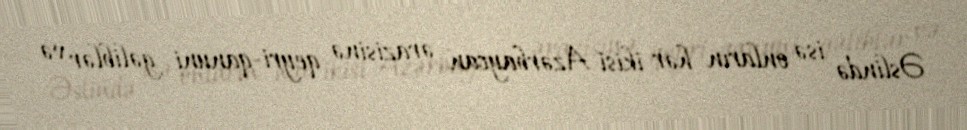
Əslində isə onların hər ikisi Azərbaycan ərazisinə qeyri-qanuni gəliblər və